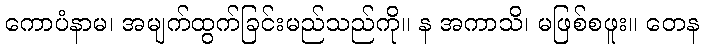
ကောပံနာမ၊ အမျက်ထွက်ခြင်းမည်သည်ကို။ န အကာသိ၊ မဖြစ်စဖူး။ တေန